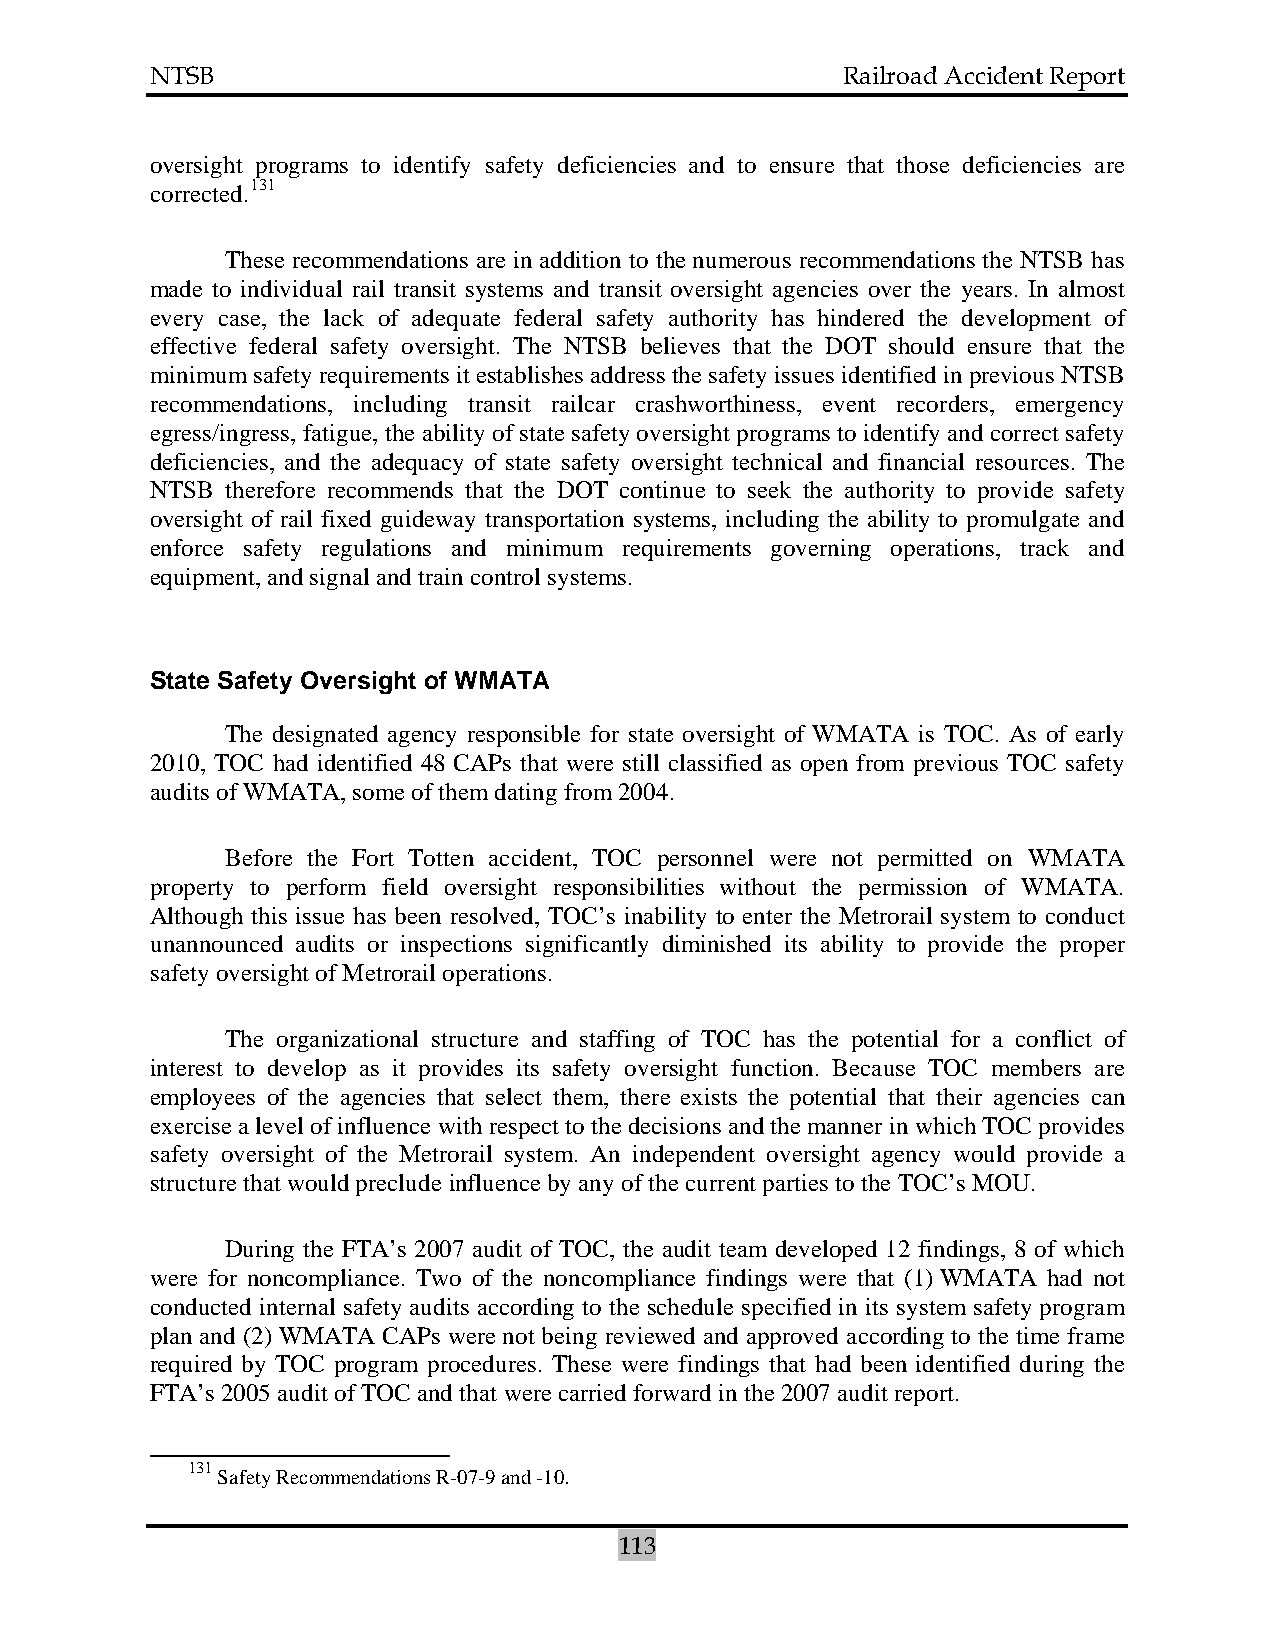
NTSB                                          Railroad Accident Report
 oversight programs to identify safety deficiencies and to ensure that those deficiencies are
 corrected.131
 These recommendations are in addition to the numerous recommendations the NTSB has
 made to individual rail transit systems and transit oversight agencies over the years. In almost
 every case, the lack of adequate federal safety authority has hindered the development of
 effective federal safety oversight. The NTSB believes that the DOT should ensure that the
 minimum safety requirements it establishes address the safety issues identified in previous NTSB
 recommendations, including transit railcar crashworthiness, event recorders, emergency
 egress/ingress, fatigue, the ability of state safety oversight programs to identify and correct safety
 deficiencies, and the adequacy of state safety oversight technical and financial resources. The
 NTSB therefore recommends that the DOT continue to seek the authority to provide safety
 oversight of rail fixed guideway transportation systems, including the ability to promulgate and
 enforce safety regulations and minimum requirements governing operations, track and
 equipment, and signal and train control systems.
 State Safety Oversight of WMATA
 The designated agency responsible for state oversight of WMATA is TOC. As of early
 2010, TOC had identified 48 CAPs that were still classified as open from previous TOC safety
 audits of WMATA, some of them dating from 2004.
 Before the Fort Totten accident, TOC personnel were not permitted on WMATA
 property to perform field oversight responsibilities without the permission of WMATA.
 Although this issue has been resolved, TOC’s inability to enter the Metrorail system to conduct
 unannounced audits or inspections significantly diminished its ability to provide the proper
 safety oversight of Metrorail operations.
 The organizational structure and staffing of TOC has the potential for a conflict of
 interest to develop as it provides its safety oversight function. Because TOC members are
 employees of the agencies that select them, there exists the potential that their agencies can
 exercise a level of influence with respect to the decisions and the manner in which TOC provides
 safety oversight of the Metrorail system. An independent oversight agency would provide a
 structure that would preclude influence by any of the current parties to the TOC’s MOU.
 During the FTA’s 2007 audit of TOC, the audit team developed 12 findings, 8 of which
 were for noncompliance. Two of the noncompliance findings were that (1) WMATA had not
 conducted internal safety audits according to the schedule specified in its system safety program
 plan and (2) WMATA CAPs were not being reviewed and approved according to the time frame
 required by TOC program procedures. These were findings that had been identified during the
 FTA’s 2005 audit of TOC and that were carried forward in the 2007 audit report.
 131
 Safety Recommendations R-07-9 and -10.
 113